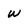
Character: w